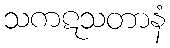
သကဋသတာနံ